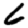
Digit: 6